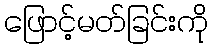
ဖြောင့်မတ်ခြင်းကို